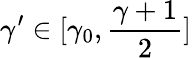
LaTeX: \gamma^{\prime}\in[\gamma_{0},\frac{\gamma+1}2]